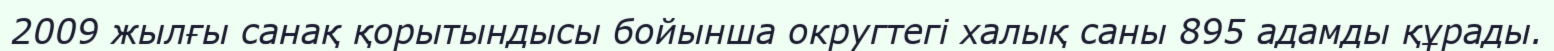
2009 жылғы санақ қорытындысы бойынша округтегі халық саны 895 адамды құрады.